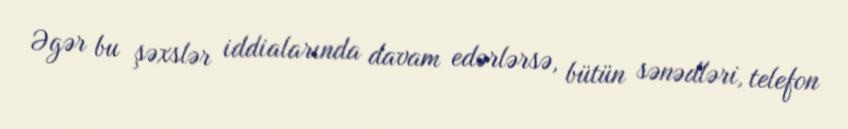
Əgər bu şəxslər iddialarında davam edərlərsə, bütün sənədləri, telefon